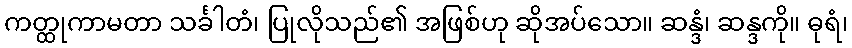
ကတ္ထုကာမတာ သင်္ခါတံ၊ ပြုလိုသည်၏ အဖြစ်ဟု ဆိုအပ်သော။ ဆန္ဒံ၊ ဆန္ဒကို။ ဓုရံ၊